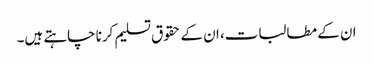
ان کے مطالبات، ان کے حقوق تسلیم کرنا چاہتے ہیں۔